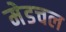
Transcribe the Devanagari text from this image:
मेडचल